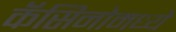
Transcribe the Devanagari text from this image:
कॅसिनोमध्ये